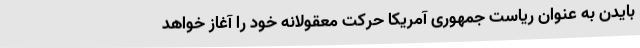
بایدن به عنوان ریاست جمهوری آمریکا حرکت معقولانه خود را آغاز خواهد